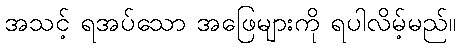
အသင့် ရအပ်သော အဖြေများကို ရပါလိမ့်မည်။